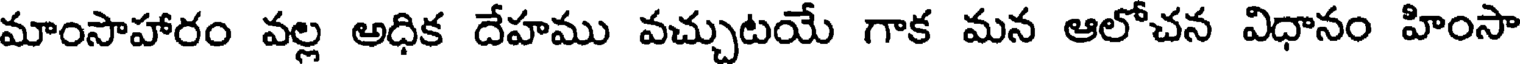
మాంసాహారం వల్ల అధిక దేహము వచ్చుటయే గాక మన ఆలోచన విధానం హింసా